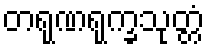
တရုဏရုက္ခသုတ္တံ